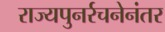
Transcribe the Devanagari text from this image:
राज्यपुनर्रचनेनंतर